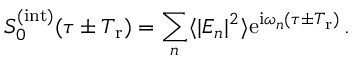
S _ { 0 } ^ { ( \mathrm { i n t } ) } ( \tau \pm T _ { \mathrm { r } } ) = \sum _ { n } \langle | E _ { n } | ^ { 2 } \rangle \mathrm { e } ^ { \mathrm { i } \omega _ { n } ( \tau \pm T _ { \mathrm { r } } ) } \, .